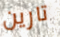
تارين